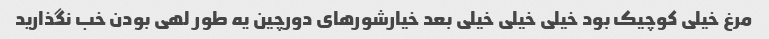
مرغ خیلی کوچیک بود خیلی خیلی خیلی بعد خیارشورهای دورچین یه طور لهی بودن خب نگذارید